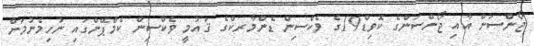
ޖޯންސަން އާއި ޖޯންސަންގެ ކޮވިޑް19ގެ ވެކްސިން ޑެންމާރކްގެ ޤައުމީ ވެކްސިން ކެމްޕޭންގައި ނުހިމެނުމަށް